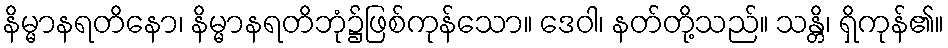
နိမ္မာနရတိနော၊ နိမ္မာနရတိဘုံ၌ဖြစ်ကုန်သော။ ဒေဝါ၊ နတ်တို့သည်။ သန္တိ၊ ရှိကုန်၏။